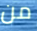
من